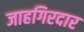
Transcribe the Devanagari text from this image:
जाहगिरदार